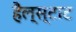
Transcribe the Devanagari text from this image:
हैल्स्टाट